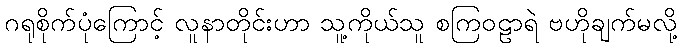
ဂရုစိုက်ပုံကြောင့် လူနာတိုင်းဟာ သူ့ကိုယ်သူ စကြဝဠာရဲ ဗဟိုချက်မလို့